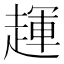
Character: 𬦖